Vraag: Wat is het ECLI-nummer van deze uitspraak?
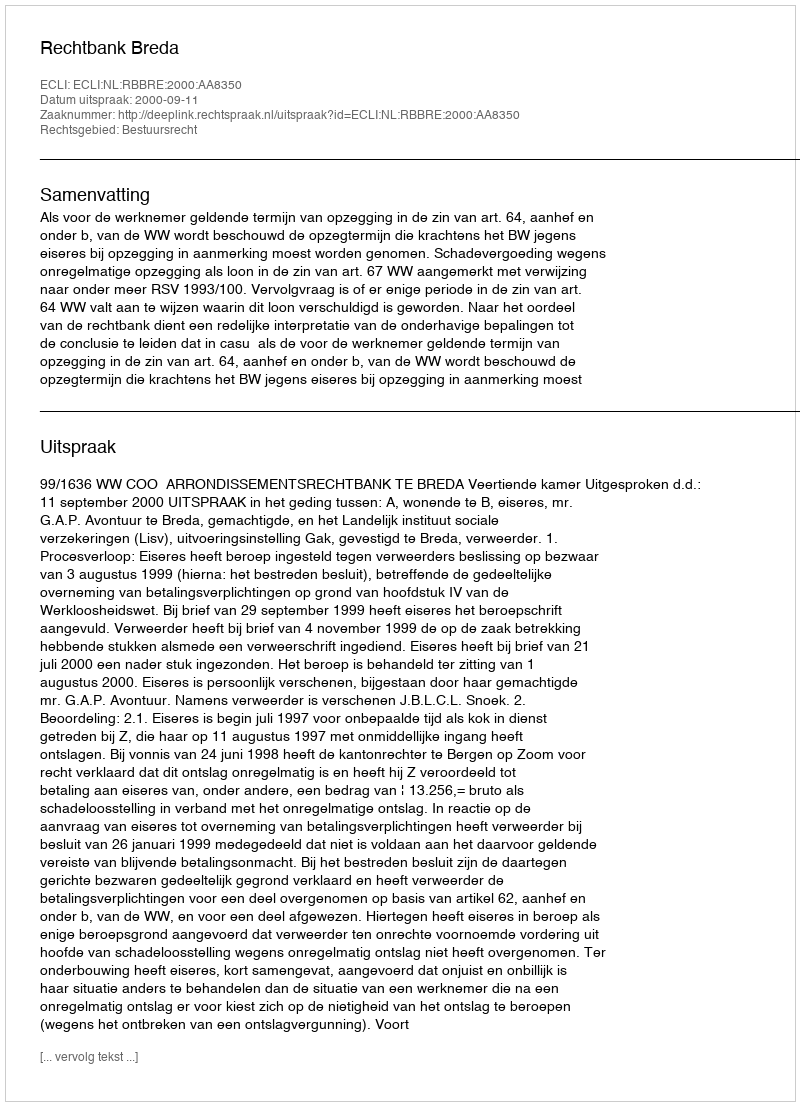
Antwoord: ECLI:NL:RBBRE:2000:AA8350